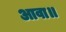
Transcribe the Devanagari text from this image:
आवा॥